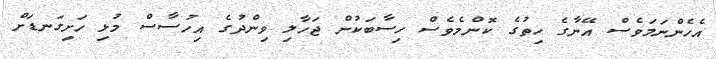
އެހެންނަމަވެސް އޭނާގެ ހިތުގެ ކޮންމެވެސް ހިސާބަކުން ޖަހާލި ވިންދުގެ އިހުސާސް މުޅި ހަށިގަނޑަށް